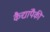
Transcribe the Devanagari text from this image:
कैद्यांपैकी